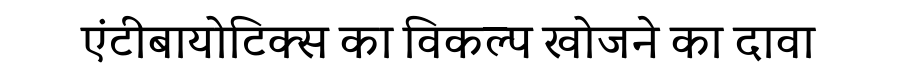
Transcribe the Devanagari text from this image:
एंटीबायोटिक्स का विकल्प खोजने का दावा